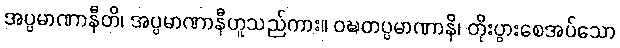
အပ္ပမာဏာနီတိ၊ အပ္ပမာဏာနီဟူသည်ကား။ ဝဍ္ဎတပ္ပမာဏာနိ၊ တိုးပွားစေအပ်သော